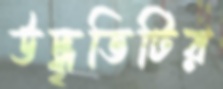
উদ্ধৃতিটির